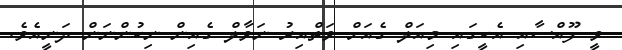
ވީ ފޫއްސާއި އެކީގައި މިއަލް ގެއަށް ވަތްއިރު ނަވާލް ގެއިން ނިކުންނަން ދަނީއެވެ.